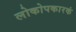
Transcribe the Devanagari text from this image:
लोकोपकारकं